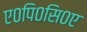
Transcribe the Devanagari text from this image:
ए०पि०सि०ए